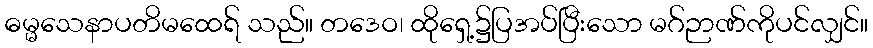
ဓမ္မသေနာပတိမထေရ် သည်။ တဒေဝ၊ ထိုရှေ့၌ပြအပ်ပြီးသော မဂ်ဉာဏ်ကိုပင်လျှင်။